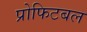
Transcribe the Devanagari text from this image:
प्रोफिटबल